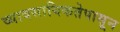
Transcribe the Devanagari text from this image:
व्यावसायिकतेपासून